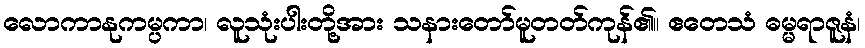
လောကာနုကမ္ပကာ၊ လူသုံးပါးတို့အား သနားတော်မူတတ်ကုန်၏။ ဧတေသံ ဓမ္မရာဇူနံ၊